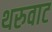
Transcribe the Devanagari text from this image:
थरुवाट